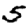
Digit: 5